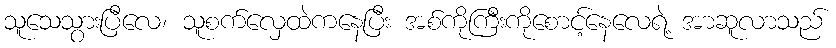
သူသေသွားပြီလေ၊ သူစက်လှေထဲကနေပြီး အစ်ကိုကြီးကိုစောင့်နေလေရဲ့ အာဆူလာသည်